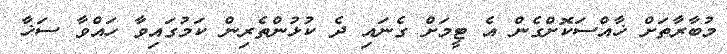
މުބާރާތަށް ޚާއްސަކޮށްގެން އެ ޓީމަށް ގެނައި ދެ ކުޅުންތެރިން ކަމުގައިވާ ހައްވާ ސަޚާ